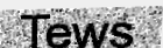
Tews